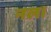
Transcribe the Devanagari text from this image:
नल।